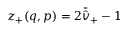
z _ { + } ( q , p ) = 2 \bar { \hat { v } } _ { + } - 1